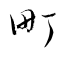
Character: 町